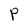
Character: P